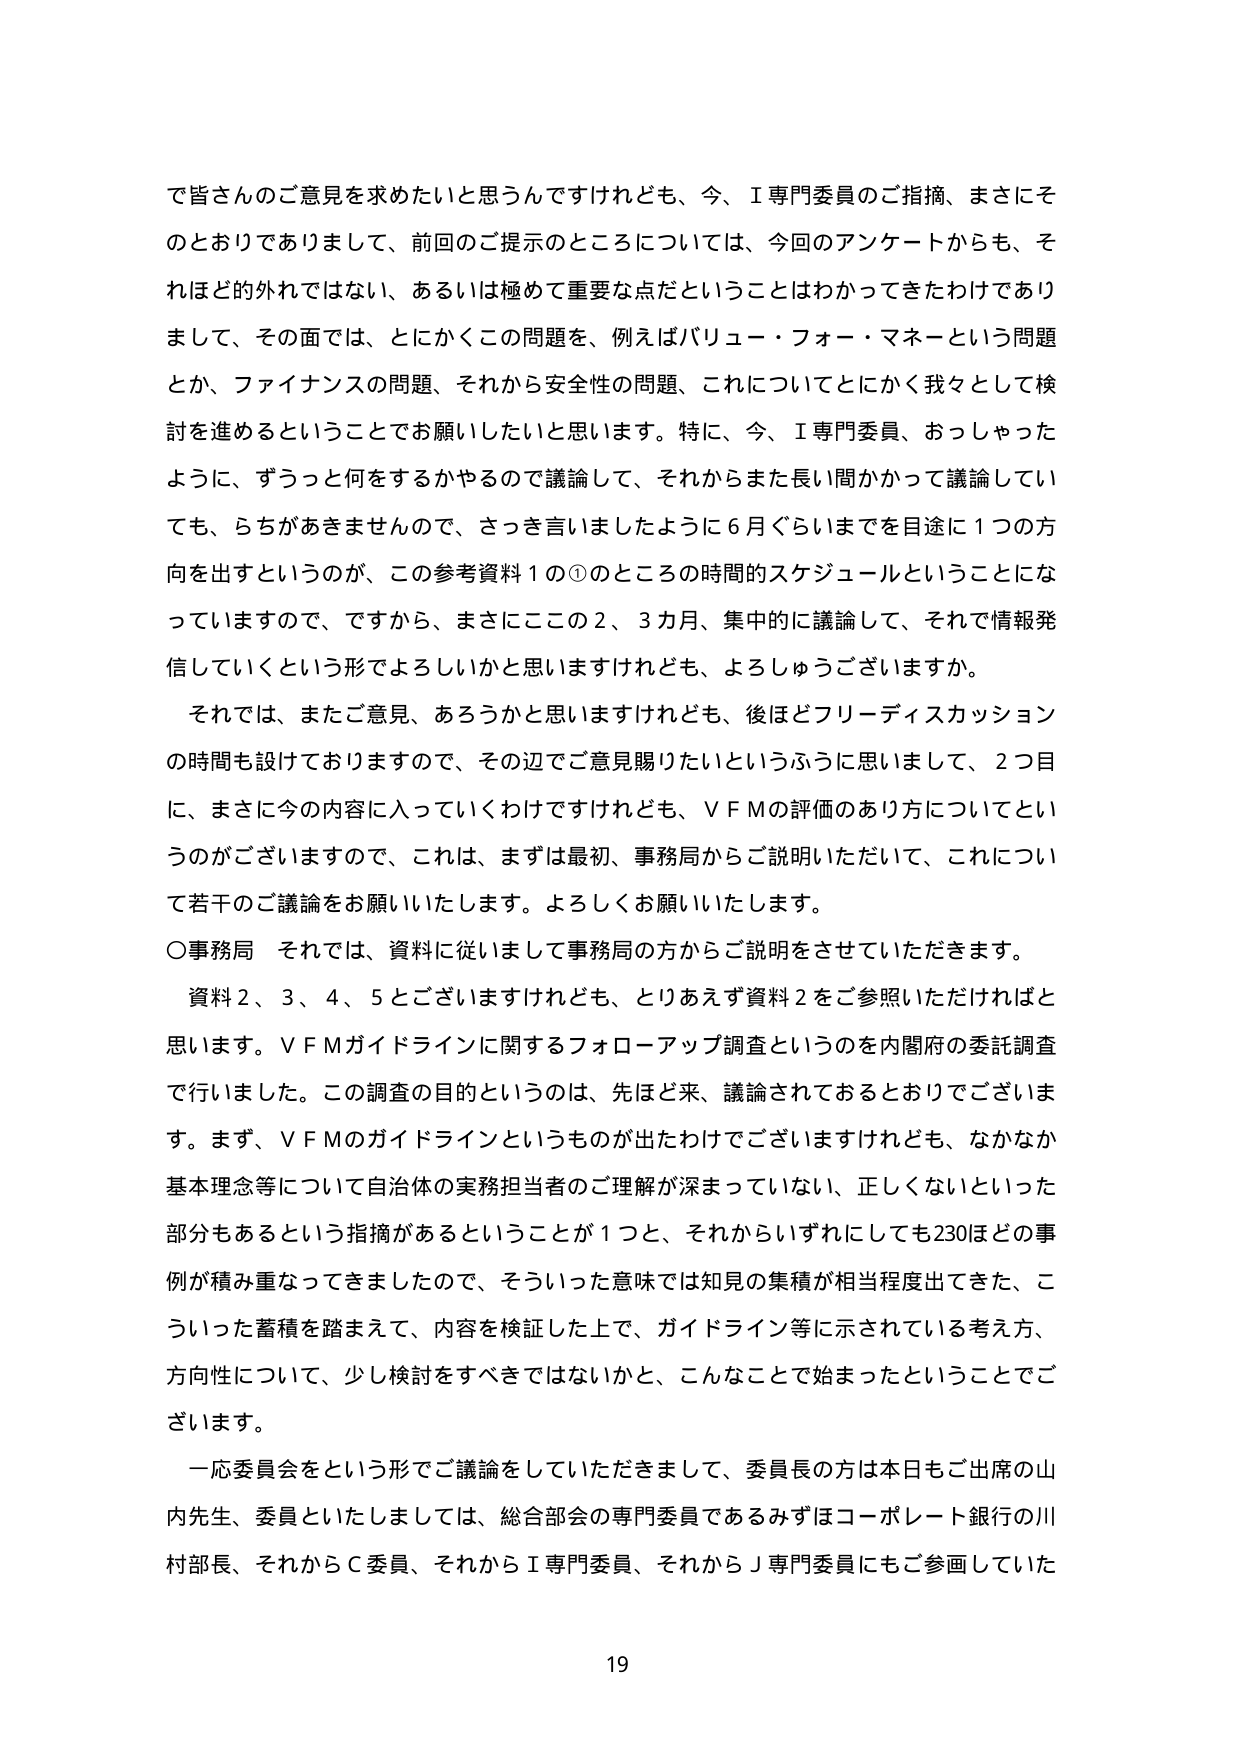
で皆さんのご意見を求めたいと思うんですけれども、今、Ｉ専門委員のご指摘、まさにそのとおりでありまして、前回のご提示のところについては、今回のアンケートからも、それほど的外れではない、あるいは極めて重要な点だということはわかってきただけでありまして、その面では、とにかくこの問題を、例えばバリュー・フォー・マネーという問題とか、ファイナンスの問題、それから安全性の問題、これについてとにかく我々として検討を進めるということでお願いしたいと思います。特に、今、Ｉ専門委員、おっしゃったように、ずうっと何をするかやるので議論して、それからまた長い間かかって議論していても、らちがあきませんので、さっき言いましたように６月ぐらいまでを目途に１つの方向を出すというのが、この参考資料１の①のところの時間的スケジュールということになっていますので、ですから、まさにこの２、３カ月、集中的に議論して、それで情報発信していくという形でよろしいかと思いますけれども、よろし�缨うございますか。

それでは、またご意見、あろうかと思いますけれども、後ほどフリーディスカッションの時間も設けておりますので、その辺でご意見賜りたいというふうに思いまして、２つ目に、まさに今の内容に入っていくわけですがけれども、ＶＦＭの評価のあり方についてというのがございますので、これは、まずは最初、事務局からご説明いただいて、これについて若干のご議論をお願いいたします。よろしくお願いいたします。

〇事務局　それでは、資料に従いまして事務局の方からご説明をさせていただきます。

資料２、３、４、５とございますけれども、とりあえず資料２をご参照いただければと思います。ＶＦＭガイドラインに関するフォローアップ調査というのを内閣府の委託調査で行いました。この調査の目的というのは、先ほど来、議論されておるところでございます。まず、ＶＦＭのガイドラインというものが出たわけでございますけれども、なかなか基本理念等について自治体の実務担当者のご理解が深まっていない、正しくないといった部分もあるという指摘があるということが１つと、それからいずれにしても230ほどの事例が積み重なってきましたので、そういった意味では知見の集積が相当程度出てきた、こういった蓄積を踏まえて、内容を検証した上で、ガイドライン等に示されている考え方、方向性について、少し検討をすべきではないかと、こんなことで始まったということでございます。

一応委員会をという形でご議論をしていただきまして、委員長の方は本日もご出席の山内先生、委員といたしましては、総合部会の専門委員であるみずほコーポレート銀行の川村部長、それからＣ委員、それからＩ専門委員、それからＪ専門委員にもご参画していた

19